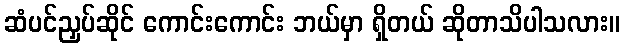
ဆံပင်ညှပ်ဆိုင် ကောင်းကောင်း ဘယ်မှာ ရှိတယ် ဆိုတာသိပါသလား။